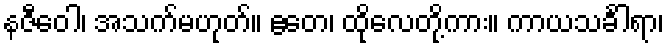
နဇီဝေါ၊ အသက်မဟုတ်။ ဧတေ၊ ထိုလေတို့ကား။ ကာယသင်္ခါရာ၊